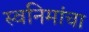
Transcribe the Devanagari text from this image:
स्वनिमांचा